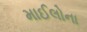
માઈલોના